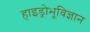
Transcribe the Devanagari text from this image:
हाइड्रोभूविज्ञान